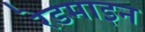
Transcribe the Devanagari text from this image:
रेडमाइन